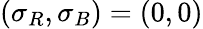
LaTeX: (\sigma_{R},\sigma_{B})=(0,0)